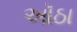
ઑઠા